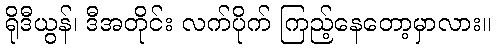
ရိုဒီယွန်၊ ဒီအတိုင်း လက်ပိုက် ကြည့်နေတော့မှာလား။